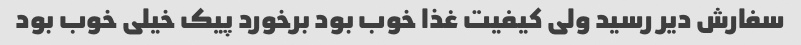
سفارش دیر رسید ولی کیفیت غذا خوب بود برخورد پیک خیلی خوب بود